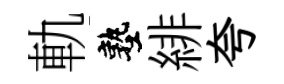
軌塾緋夸